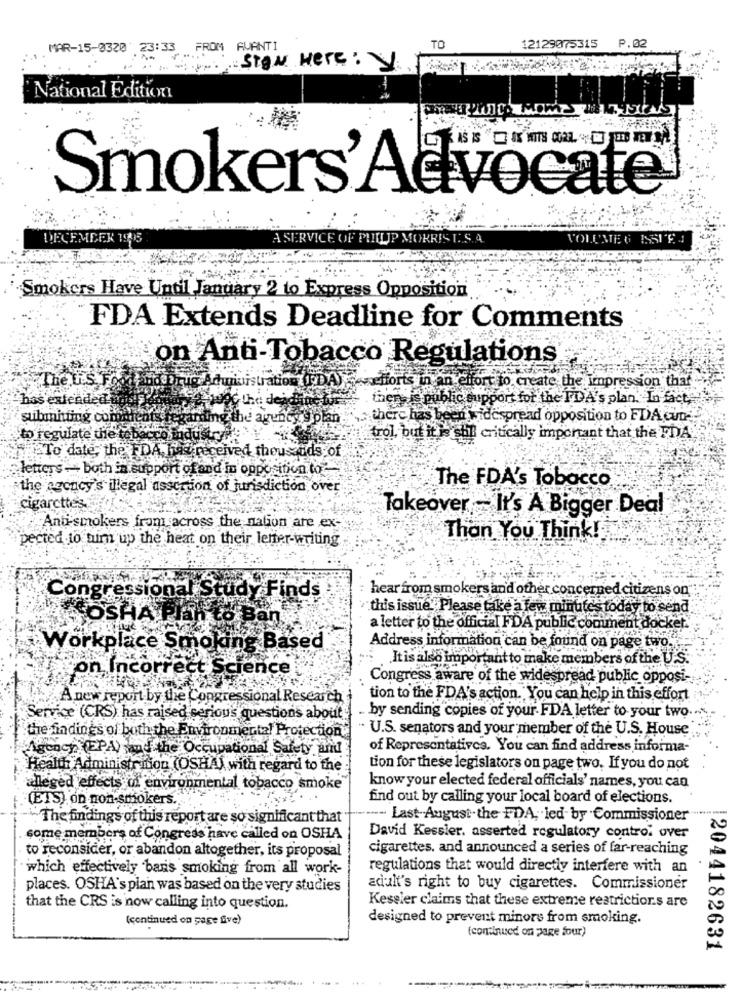
P.02
MAR-15-0320 23:33 FROM GUANTI
TO
12129075315
Sign Here:
National Edition
Smokers'Advocate
DECEMBER 1996
A SERVICE OF PHILIP MORRIS T. S.A.
VOLUME 6 ISSI
Smokers Have Until January 2 to Express Opposition
FDA Extends Deadline for Comments
on Anti-Tobacco Regulations
The Lis F
efforts in an effort to create the inpression that
bas extended
the dead
crisis public oupp
igenpoor for the FDA's plan. In fact,
submitting coma
plan
there has by
has been widespread opposition to FDA Cun
to regulate the to
trol, but it is stil critically important that the FDA
To date, the FDA, has received theusuds of
letters -- both in support ofand in opposition to
the agency's illegal asscron of jurisdiction over
The FDA's Tobacco
cigarettes.
Takeover - It's A Bigger Deal
Anti-smokers from across the nation are ex-
pected to him up the heat on their lenter-writing
Than You Think!
hear from smokers an'd other concerned citizens on"
Congressional Study Finds
this issue. Please take a few minutes today to send
SOSHA Plan to Ban
a letter to the official FDA public conunent docket.
Address information can be found on page two ...
Workplace Smoking Based
It is also important to make members of the U.S.
on Incorrect Science
Congress aware of the widespread public opposi-
A new report by the Congressional Research
tion to the FDA's action. You can help in this effort
Service (CRS) has raised serious questions about
by sending copies of your FDA letter to your two.
the findings of both the Environmental Protection
U.S. senators and your member of the U.S. House
Agency (EPA) and the Occupational Safety am!
of Representatives. You can find address informa-
Health Administr nion (OSHA) with regard to the
tion for these legislators on page two. If you do not
alleged effects of environmental tobacco smoke
know your elected federal officials' names, you can
(ETS) on non-smokers.
find out by calling your local board of elections.
-
`The findings of this report are so significant that
---- Last-August.the FDA, led by Commissioner
some members of Congress have called on OSHA
David Kessler. asserted regulatory control over
to reconsider, or abandon altogether, its proposal
cigarettes, and announced a series of far-reaching
which effectively banis smoking from all work-
regulations that would directly interfere with an
places. OSHA's plan was based on the very studies
adult's right to buy cigarettes. Commissioner
that the CRS is now calling into question.
Kessler claims that these extreme restrictions are
(continued on page five)
designed to prevent minors from smoking.
(continued on page four)
12044182631